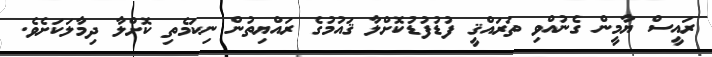
ރައީސް ޔާމީން ގެނުއްވި ތަރައްޤީ ފުޑުފުޑުކޮށްލާ ޤައުމުގެ ރައްޔިތުން ނިކަމެތި ކޮށްލާ ދިމާލަކަށެވެ.